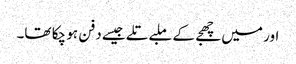
اور میں چھجے کے ملبے تلے جیسے دفن ہو چکا تھا۔